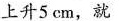
上升5 cm，就